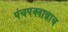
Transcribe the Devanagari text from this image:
पंचपक्वान्नाच